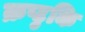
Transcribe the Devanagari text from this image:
क्रप्टुकि